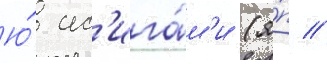
Ю́ ис'ига́м'и (я́п //